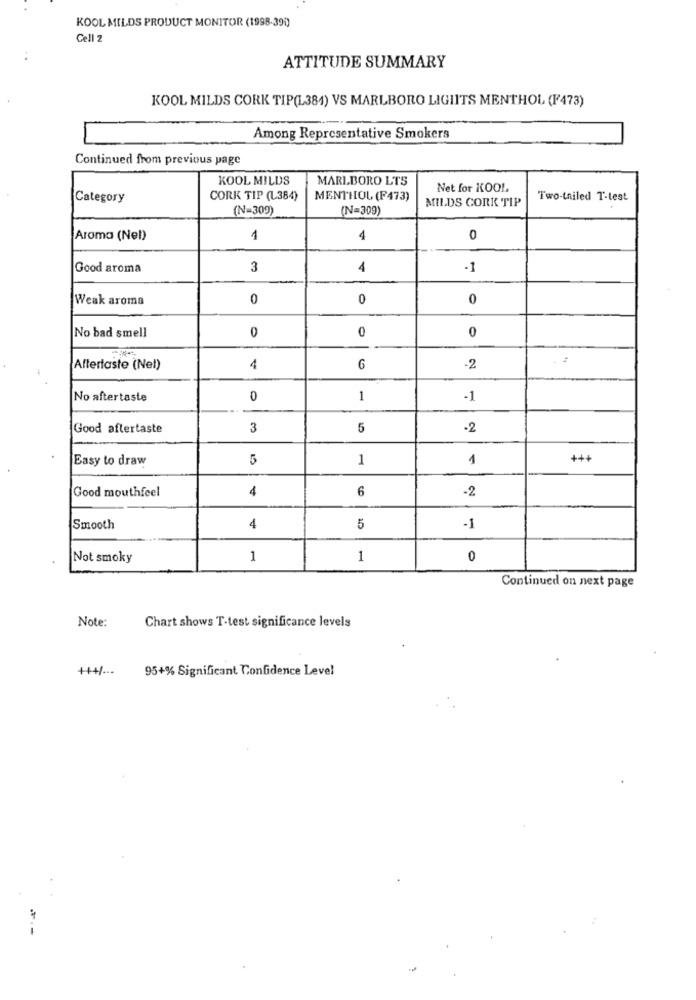
KOOL MILDS PRODUCT MONITOR (1998-391)
Cell 2
ATTITUDE SUMMARY
KOOL MILDS CORK TIP(L384) VS MARLBORO LIGHTS MENTHOL (F473)
Among Representative Smokers
Continued from previous page
KOOL MILDS
MARLBORO LTS
Net for KOOL
Category
CORK TIP (L384)
MENTHOL (F473)
MILDS CORK TIP
Two-tailed T-test
(N=309)
(N=309)
Aroma (Nel)
1
4
0
Good aroma
3
4
-1
Weak aroma
0
0
0
No bad smell
0
0
0
Aftertaste (Net)
4
6
-2
No aftertaste
0
1
-1
Good aftertaste
3
5
·2
Easy to draw
5
1
1
+++
Good mouthfeel
4
6
-2
Smooth
4
5
-1
Not smoky
1
1
0
Continued on next page
Chart shows T-test significance levels
Note:
95+% Significant Confidence Level